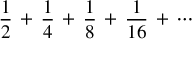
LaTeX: { \frac { 1 } { 2 } } \, + \, { \frac { 1 } { 4 } } \, + \, { \frac { 1 } { 8 } } \, + \, { \frac { 1 } { 1 6 } } \, + \, \cdots